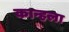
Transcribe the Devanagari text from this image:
कान्हला